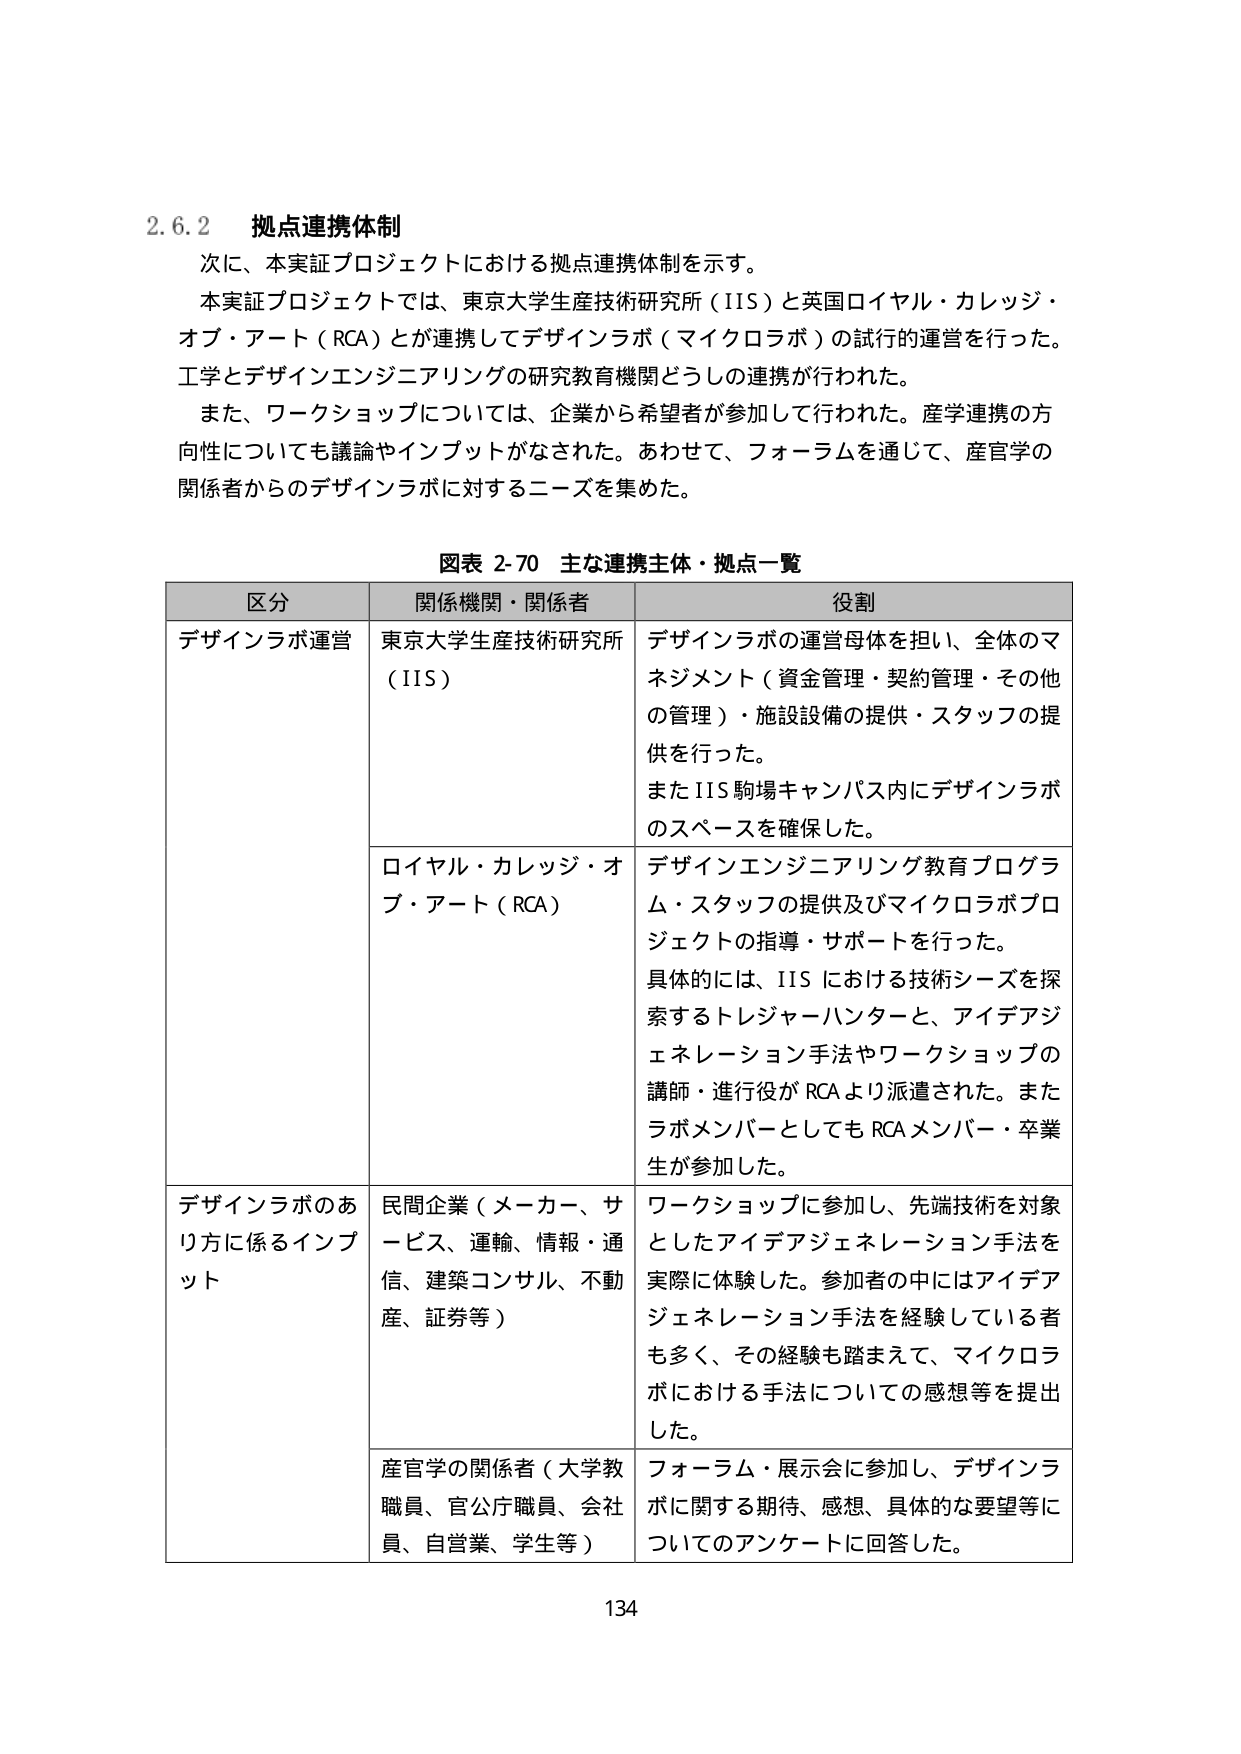
2.6.2 拠点連携体制
次に、本実証プロジェクトにおける拠点連携体制を示す。
本実証プロジェクトでは、東京大学生産技術研究所（IIS）と英国ロイヤル・カレッジ・オブ・アート（RCA）とが連携してデザインラボ（マイクロラボ）の試行的運営を行った。工学とデザインエンジニアリングの研究教育機関どうしの連携が行われた。
また、ワークショップについては、企業から希望者が参加して行われた。産学連携の方向性についても議論やインプットがなされた。あわせて、フォーラムを通じて、産官学の関係者からのデザインラボに対するニーズを集めた。

図表 2-70 主な連携主体・拠点一覧

| 区分 | 関係機関・関係者 | 役割 |
|------|------------------|------|
| デザインラボ運営 | 東京大学生産技術研究所（IIS） | デザインラボの運営母体を担い、全体のマネジメント（資金管理・契約管理・その他の管理）・施設設備の提供・スタッフの提供を行った。またIIS駒場キャンパス内にデザインラボのスペースを確保した。 |
| | ロイヤル・カレッジ・オブ・アート（RCA） | デザインエンジニアリング教育プログラム・スタッフの提供及びマイクロラボプロジェクトの指導・サポートを行った。具体的には、IISにおける技術シーズを探索するトレジャーハンターと、アイデアジェネレーション手法やワークショップの講師・進行役がRCAより派遣された。またラボメンバーとしてもRCAメンバー・卒業生が参加した。 |
| デザインラボのあり方に係るインプット | 民間企業（メーカー、サービス、運輸、情報・通信、建築コンサル、不動産、証券等） | ワークショップに参加し、先端技術を対象としたアイデアジェネレーション手法を実際に体験した。参加者の中にはアイデアジェネレーション手法を経験している者も多く、その経験も踏まえて、マイクロラボにおける手法についての感想等を提出した。 |
| | 産官学の関係者（大学教職員、官公庁職員、会社員、自営業、学生等） | フォーラム・展示会に参加し、デザインラボに関する期待、感想、具体的な要望等についてのアンケートに回答した。 |

134